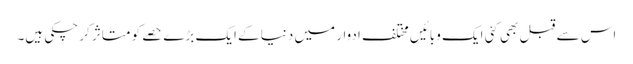
اس سے قبل بھی کئی ایک وبائیں مختلف ادوار میں دنیا کے ایک بڑے حصے کو متاثر کر چکی ہیں۔